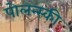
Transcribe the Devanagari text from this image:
पोलन्स्की